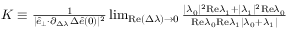
\begin{array} { r } { K \equiv \frac { 1 } { \vert \hat { e } _ { \perp } { \cdot } \partial _ { \Delta \lambda } \Delta \hat { e } ( 0 ) \vert ^ { 2 } } \operatorname* { l i m } _ { \mathrm { R e } ( \Delta \lambda ) \rightarrow 0 } \frac { \vert \lambda _ { 0 } \vert ^ { 2 } \mathrm { R e } \lambda _ { 1 } + \vert \lambda _ { 1 } \vert ^ { 2 } \mathrm { R e } \lambda _ { 0 } } { \mathrm { R e } \lambda _ { 0 } \mathrm { R e } \lambda _ { 1 } \vert \lambda _ { 0 } + \bar { \lambda } _ { 1 } \vert } } \end{array}